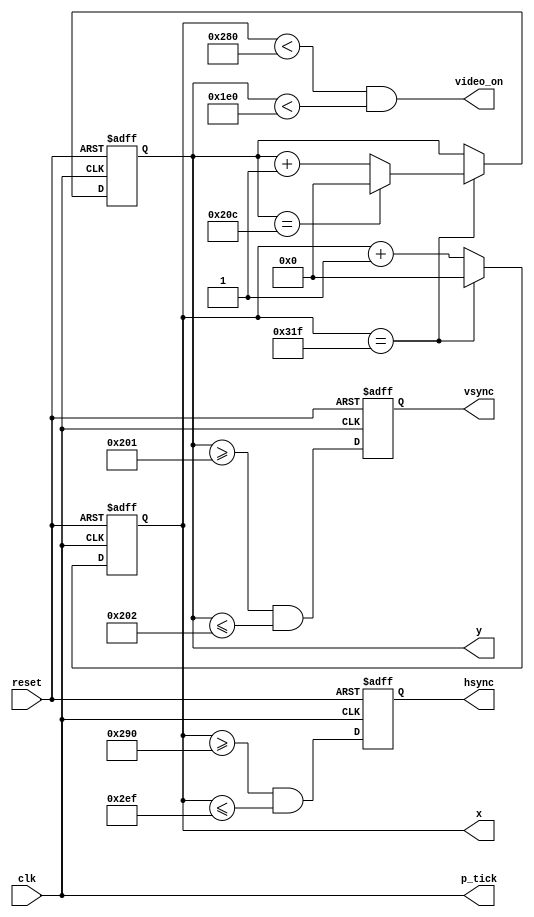
`timescale 1ns / 1ps

module vga_sync #(
    parameter H_DISPLAY         = 640,
    parameter H_BACK_PORCH      = 48,
    parameter H_FRONT_PORCH     = 16,
    parameter H_SYNC_PULSE      = 96,
    parameter V_DISPLAY         = 480,
    parameter V_BACK_PORCH      = 33,
    parameter V_FRONT_PORCH     = 10,
    parameter V_SYNC_PULSE      = 2
) (
    output wire hsync,
    output wire vsync,
    output wire video_on,
    output wire p_tick,
    output wire [9:0] x,
    output wire [9:0] y,
    input wire clk,
    input wire reset
);

    localparam H_MAX                = H_DISPLAY + H_BACK_PORCH + H_FRONT_PORCH + H_SYNC_PULSE - 1;
    localparam START_H_SYNC_PULSE   = H_DISPLAY + H_FRONT_PORCH;
    localparam END_H_SYNC_PULSE     = H_DISPLAY + H_FRONT_PORCH + H_SYNC_PULSE - 1;
    localparam V_MAX                = V_DISPLAY + V_FRONT_PORCH + V_BACK_PORCH + V_SYNC_PULSE - 1;
    localparam START_V_SYNC_PULSE   = V_DISPLAY + V_BACK_PORCH;
    localparam END_V_SYNC_PULSE     = V_DISPLAY + V_BACK_PORCH + V_SYNC_PULSE - 1;
    
    // registers to keep track of current pixel location
    reg [9:0] h_count_reg;
    reg [9:0] h_count_next;
    reg [9:0] v_count_reg;
    reg [9:0] v_count_next;
    
    // register to keep track of vsync and hsync signal states
    reg vsync_reg;
    reg hsync_reg;
    
    wire vsync_next;
    wire hsync_next;
 
    // infer registers
    always @(posedge clk, posedge reset)
        if (reset) begin
            v_count_reg <= 0;
            h_count_reg <= 0;
            vsync_reg   <= 0;
            hsync_reg   <= 0;
        end else begin
            v_count_reg <= v_count_next;
            h_count_reg <= h_count_next;
            vsync_reg   <= vsync_next;
            hsync_reg   <= hsync_next;
        end

    // next-state logic of horizontal vertical sync counters
    always @(*) begin
        h_count_next = (h_count_reg == H_MAX) ? 0 : h_count_reg + 1;
        v_count_next = (h_count_reg == H_MAX) ? 
                           (v_count_reg == V_MAX ? 0 : v_count_reg + 1) : 
                           (v_count_reg);
    end
        
    // hsync and vsync are active low signals
    // hsync signal asserted during horizontal retrace
    assign hsync_next = (h_count_reg >= START_H_SYNC_PULSE) && (h_count_reg <= END_H_SYNC_PULSE);

    // vsync signal asserted during vertical retrace
    assign vsync_next = (v_count_reg >= START_V_SYNC_PULSE) && (v_count_reg <= END_V_SYNC_PULSE);

    // video only on when pixels are in both horizontal and vertical display region
    assign video_on = (h_count_reg < H_DISPLAY) && (v_count_reg < V_DISPLAY);

    // output signals
    assign hsync  = hsync_reg;
    assign vsync  = vsync_reg;
    assign x      = h_count_reg;
    assign y      = v_count_reg;
    assign p_tick = clk;
endmodule